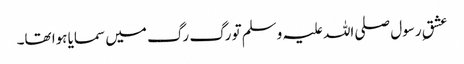
عشقِ رسول صلی اللہ علیہ وسلم تو رگ رگ میں سمایا ہوا تھا۔